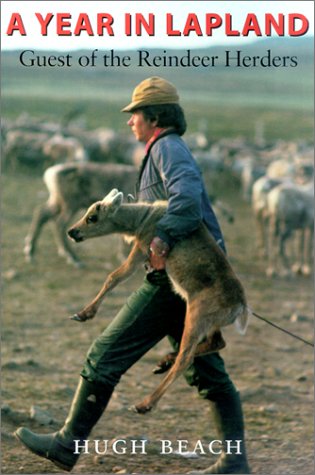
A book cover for A Year in Lapland: Guest of the Reindeer Herders; Hugh Beach; Travel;